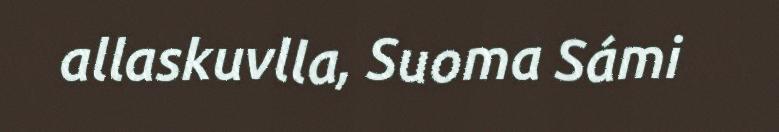
allaskuvlla, Suoma Sámi